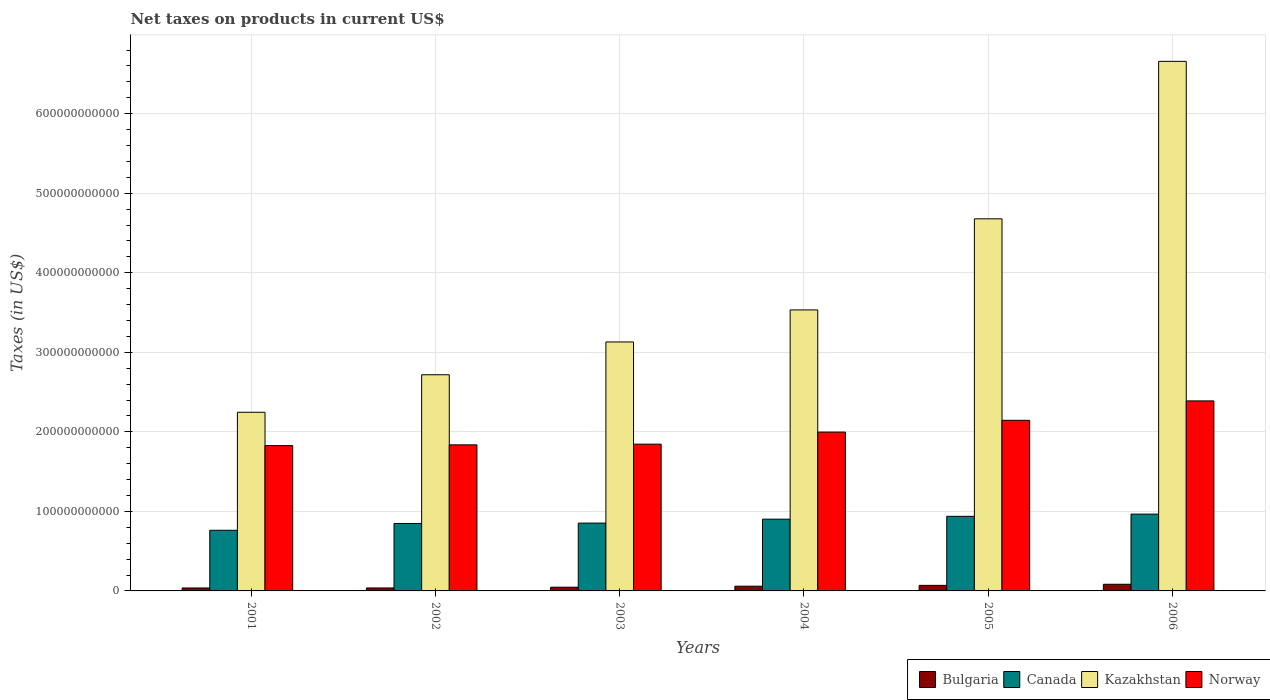
| Years | Bulgaria | Canada | Kazakhstan | Norway |
 | --- | --- | --- | --- | --- |
 | 2001 | 3.7e+09 | 7.62e+10 | 2.25e+11 | 1.83e+11 |
 | 2002 | 3.73e+09 | 8.48e+10 | 2.72e+11 | 1.84e+11 |
 | 2003 | 4.69e+09 | 8.53e+10 | 3.13e+11 | 1.85e+11 |
 | 2004 | 5.94e+09 | 9.02e+10 | 3.53e+11 | 2e+11 |
 | 2005 | 6.99e+09 | 9.38e+10 | 4.68e+11 | 2.15e+11 |
 | 2006 | 8.36e+09 | 9.66e+10 | 6.66e+11 | 2.39e+11 |